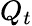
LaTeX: Q_{t}